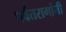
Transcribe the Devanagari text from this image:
पर्वतरागांनी